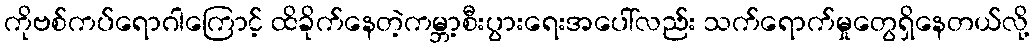
ကိုဗစ်ကပ်ရောဂါကြောင့် ထိခိုက်နေတဲ့ကမ္ဘာ့စီးပွားရေးအပေါ်လည်း သက်ရောက်မှုတွေရှိနေတယ်လို့